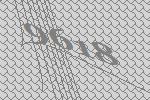
9618